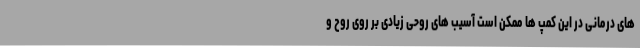
های درمانی در این کمپ ها ممکن است آسیب های روحی زیادی بر روی روح و